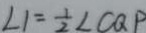
\angle 1 = \frac { 1 } { 2 } \angle C Q P